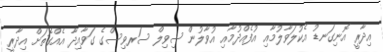
އިދާރީ އޮނިގަނޑު އެކުލަވާލުމާއި އުފެއްދުމާއި އުވާލުން ސިވިލް ސަރވިސްގެ ގަވާއިދާ އެއްގޮތަށް އިދާރީ